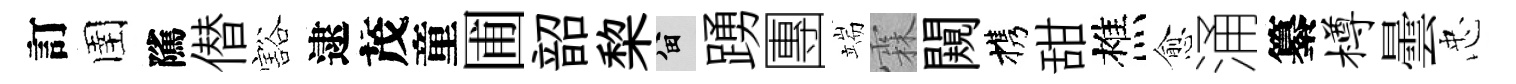
訂圉隲僣豁逮茂童圃韶棃留踴團端霖闚携甜樵愈涌纂樽曇忠